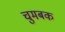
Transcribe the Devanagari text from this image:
चुमबक